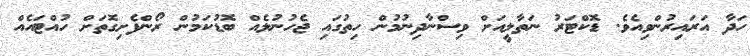
ހަދާ އަރައިރުންވިއެވެ. ޑޮކްޓަރު ނަތާލީއަށް ވިސްނާދިނުމުން ހިތުގައި ޖެހުނުލެއް ބޮޑުކަމުން ރޯންފެށިގޮތަށް ހުއްޓައެއް